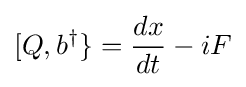
[Q,b^{\dagger }\}={\frac {dx}{dt}}-iF